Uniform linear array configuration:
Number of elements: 48
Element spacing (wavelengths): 0.75
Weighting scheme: hann
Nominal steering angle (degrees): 0
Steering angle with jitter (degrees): -1.804
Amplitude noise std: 0.05
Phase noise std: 0.05

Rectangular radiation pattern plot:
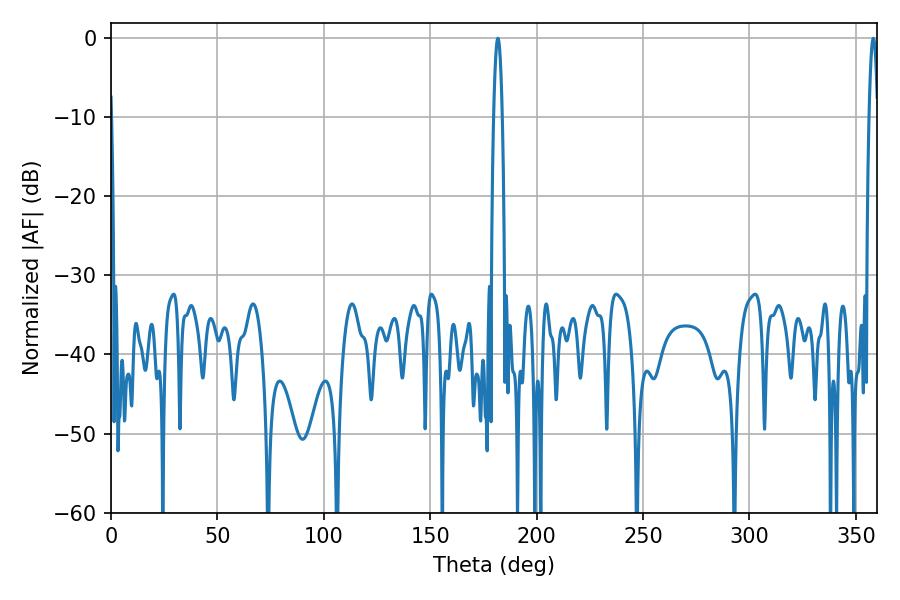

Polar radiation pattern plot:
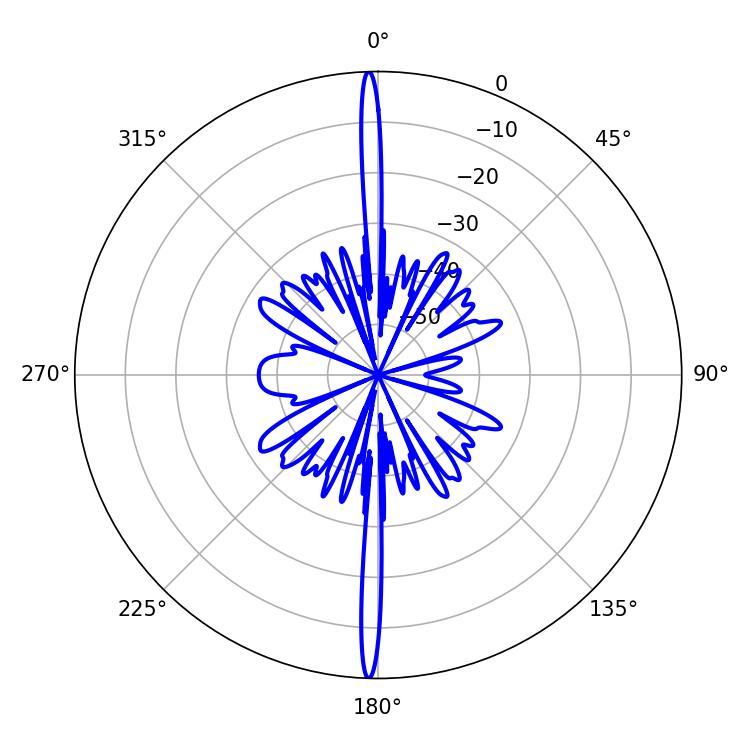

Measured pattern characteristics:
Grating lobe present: TRUE
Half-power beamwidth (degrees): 2.16
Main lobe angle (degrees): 181.8